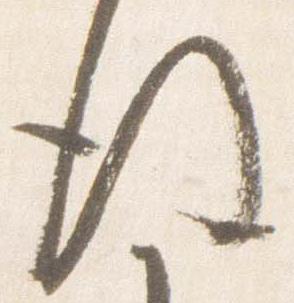
後